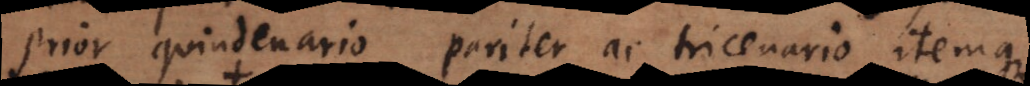
prior quindenario pariter ac tricenario, itemque